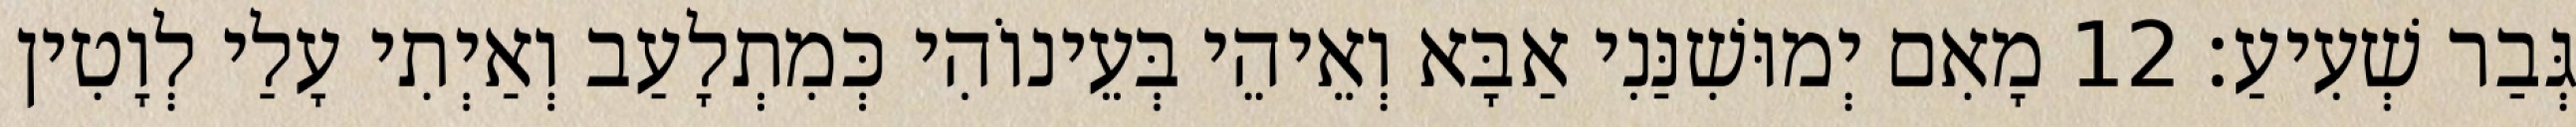
גְּבַר שְׁעִיעַ׃ 12 מָאִם יְמוּשִׁנַּנִי אַבָּא וְאֵיהֵי בְּעֵינוֹהִי כְּמִתְלָעַב וְאַיְתִי עָלַי לְוָטִין